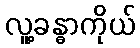
လူ့ခန္ဓာကိုယ်